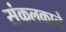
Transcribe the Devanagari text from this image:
संकलकाने